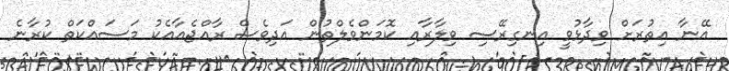
އޭނާ އިތުރަށް ވިދާޅުވީ އިނގިރޭސި ވިލާރާއި ކޮމަންވެލްތުން އަދިވެސް ރާއްޖެއާއެކު މަސައްކަތް ކުރާނެ